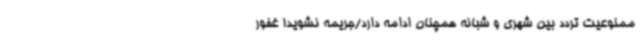
ممنوعیت تردد بین شهری و شبانه همچنان ادامه دارد/جریمه نشوید! غفور